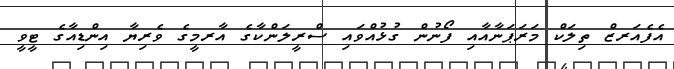
އެފެއަރޒް ތިލަކް މަރަޕަނާއާއި ފޯނުން ގުޅުއްވައި ސްރީލަންކާގެ އާރމީގެ ވެރިޔާ އިންޑިއާގެ ޓީވީ